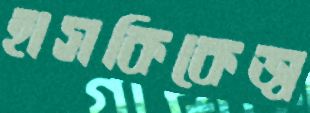
হাসকিকেজ্ব